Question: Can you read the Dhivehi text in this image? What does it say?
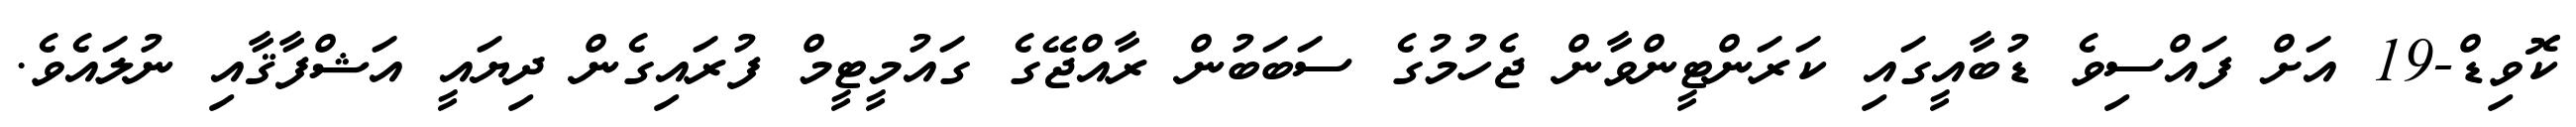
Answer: ކޮވިޑް-19 އަށް ފައްސިވެ ޑުބާއީގައި ކަރަންޓީންވާން ޖެހުމުގެ ސަބަބުން ރާއްޖޭގެ ގައުމީޓީމް ފުރައިގެން ދިޔައީ އަޝްފާޤާއި ނުލައެވެ.